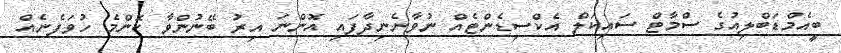
ބީއެމްޑަބްލިއުގެ ސްމާޓް ސައިކަލް އެކްސިޑެންޓެއް ނުވާނެނިދާފައި އޮންނަ އިރު ބޭނުންވާ ކޮންމެ ހުވަފެނެއް